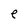
Character: e